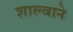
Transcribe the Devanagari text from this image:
शाल्वाने